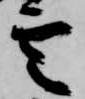
雲